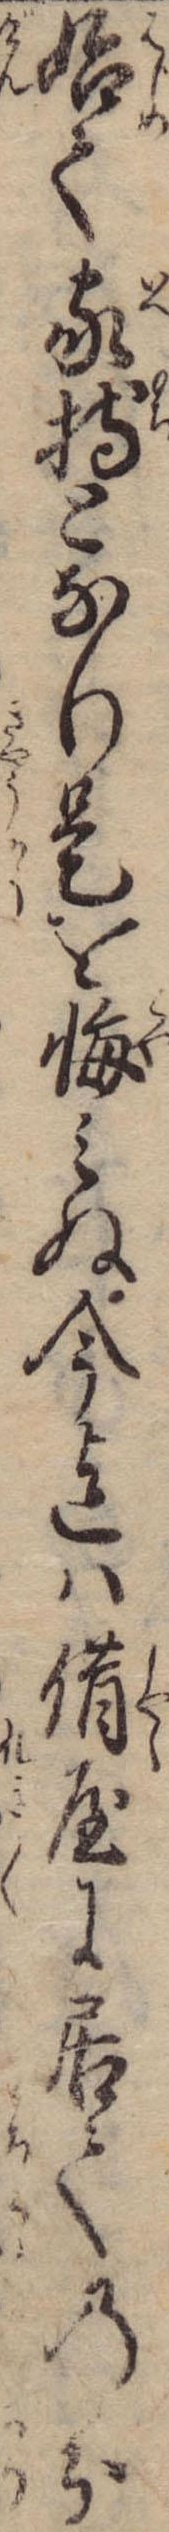
始て家持となり是を悔みぬ今迄は借屋に居ての分